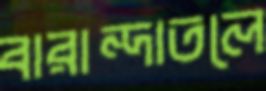
বারান্দাতলে